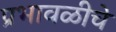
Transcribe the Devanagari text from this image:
प्रभावळीचे